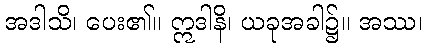
အဒါသိ၊ ပေး၏။ ဣဒါနိ၊ ယခုအခါ၌။ အဿ၊